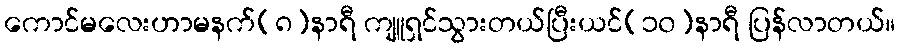
ကောင်မလေးဟာမနက်(၈)နာရီ ကျူရှင်သွားတယ်ပြီးယင်(၁၀)နာရီ ပြန်လာတယ်။